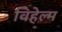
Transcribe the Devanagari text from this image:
विहेल्म